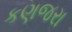
કણજરા